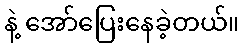
နဲ့ အော်ပြေးနေခဲ့တယ်။